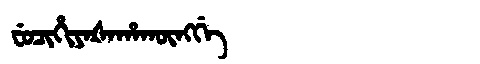
Manchu: ᠸᡠᠴᡳᡥᡳᠶᠠᡧᠠᡥᠠᡴᡡᠩᡤᡝ
Romanization: FUCIHIYAŠAHAKŪNGGE